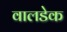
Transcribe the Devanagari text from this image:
वालडेक